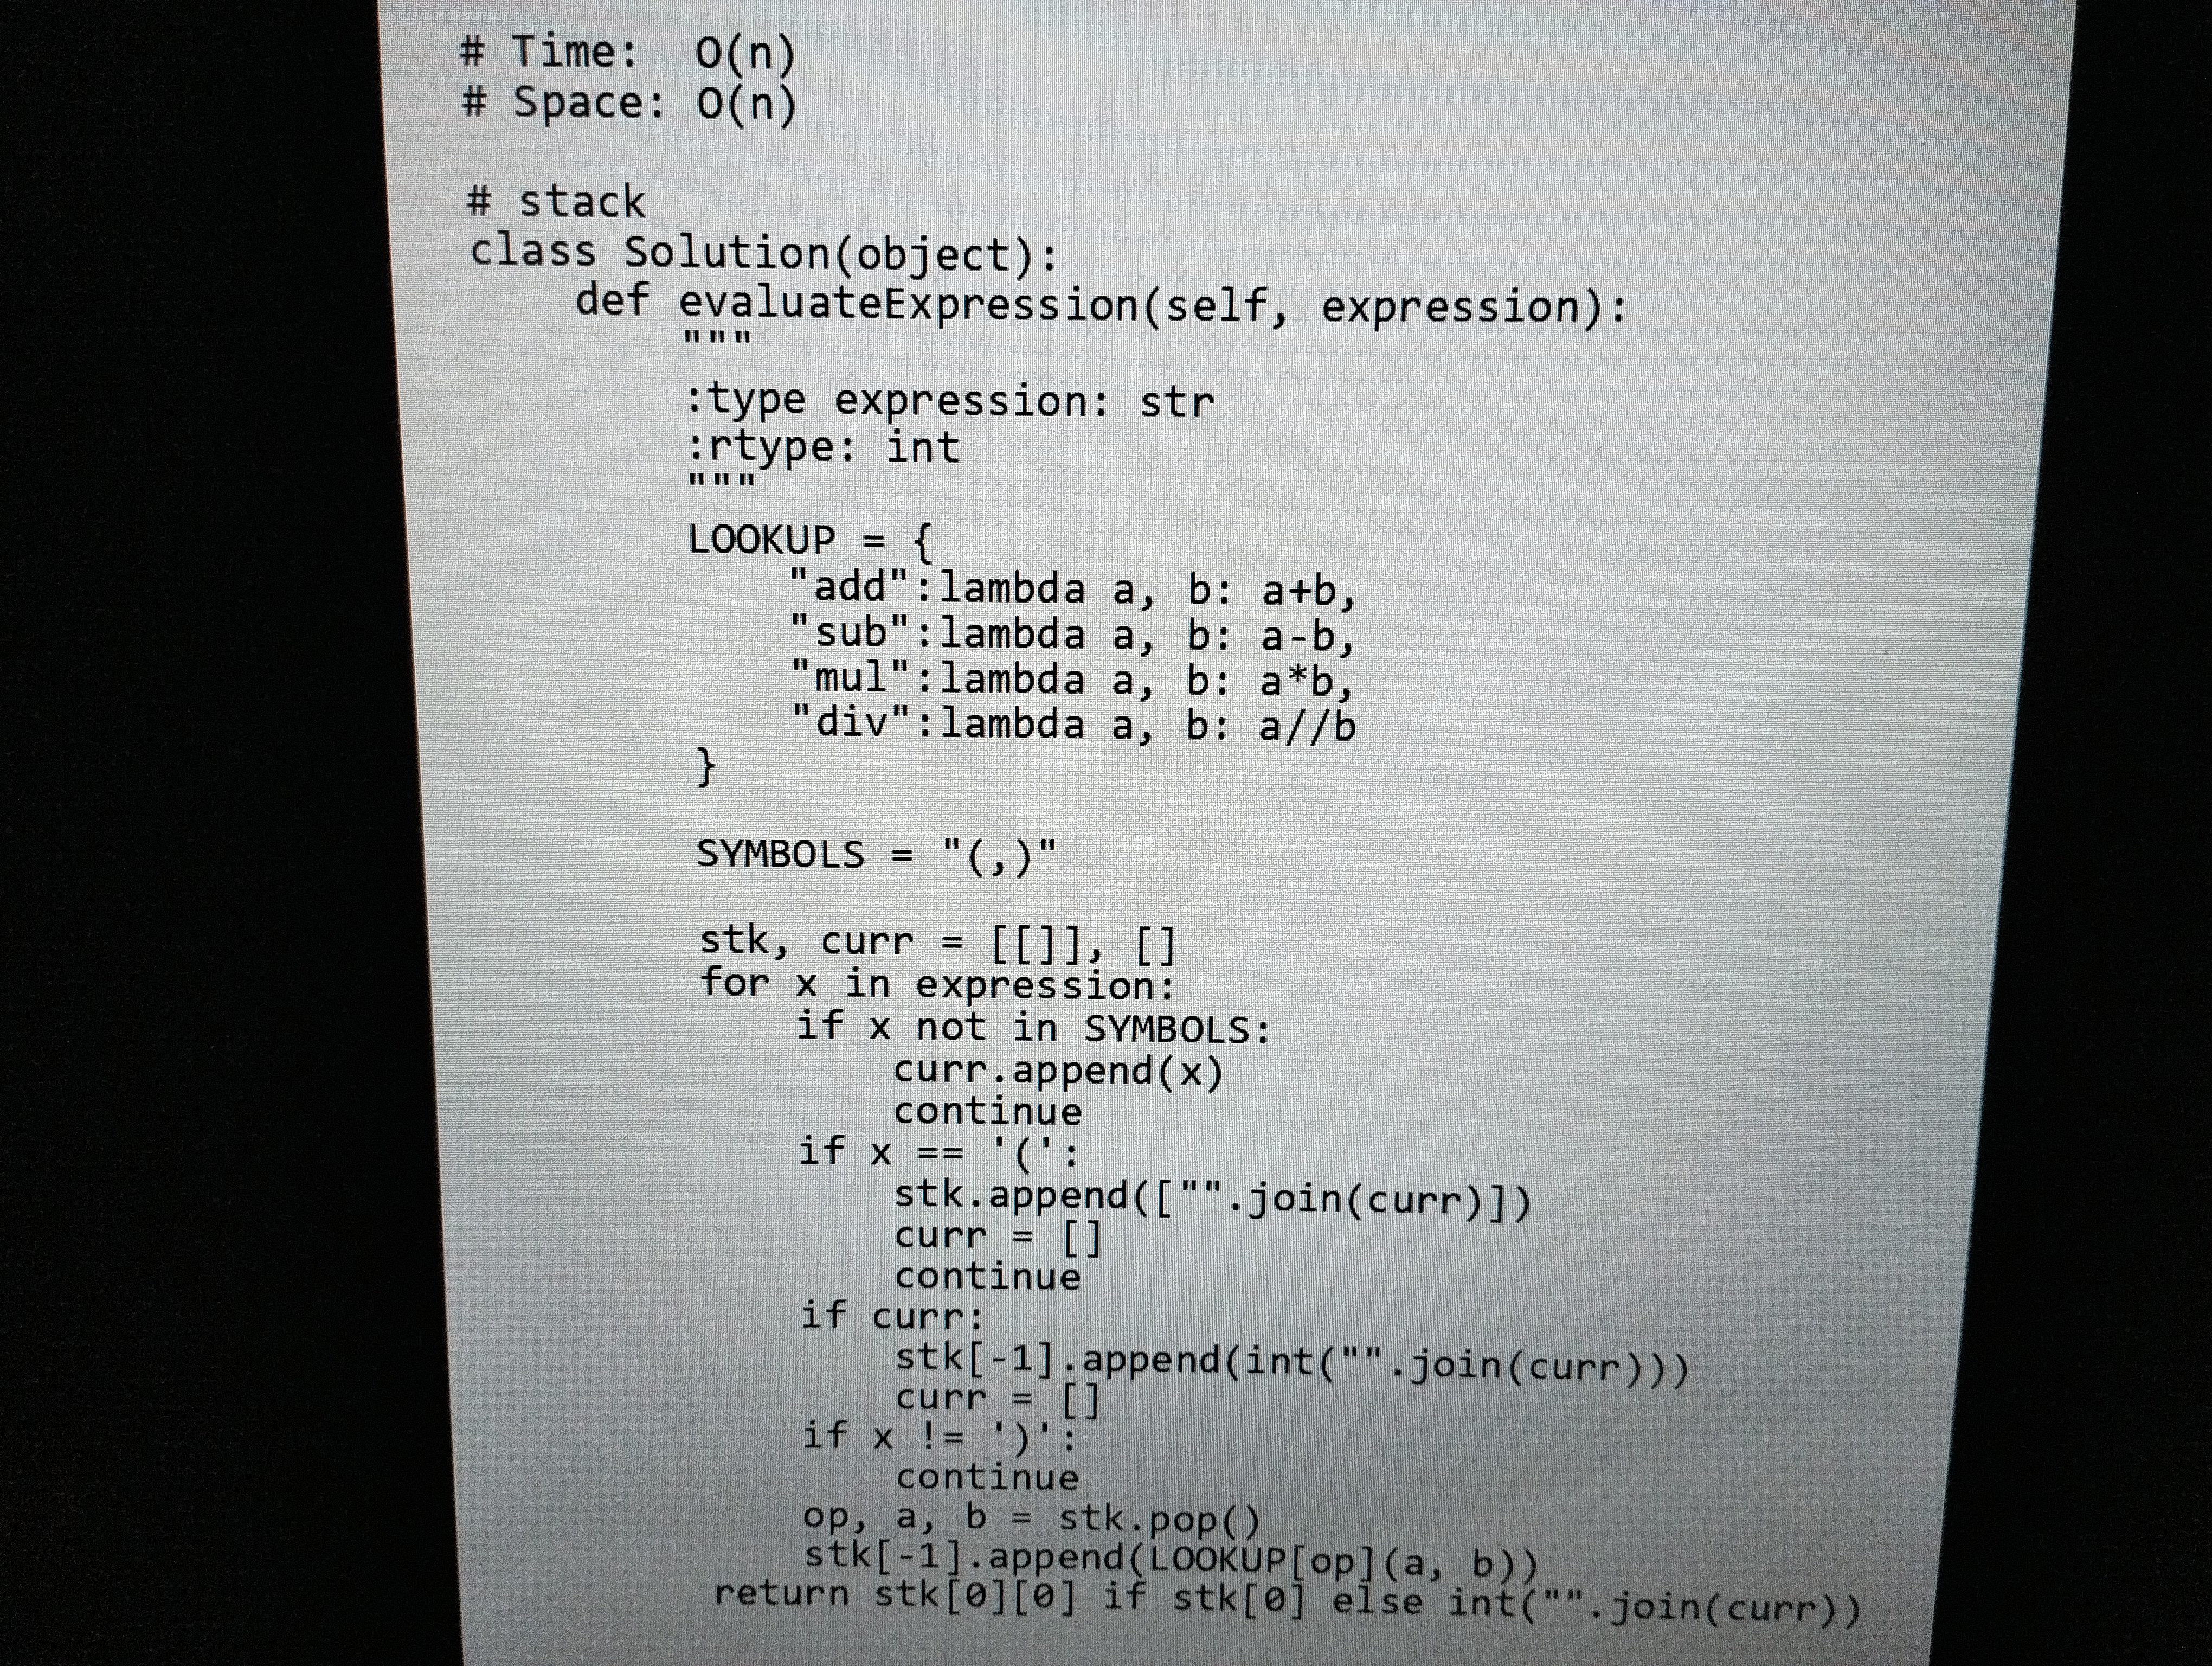
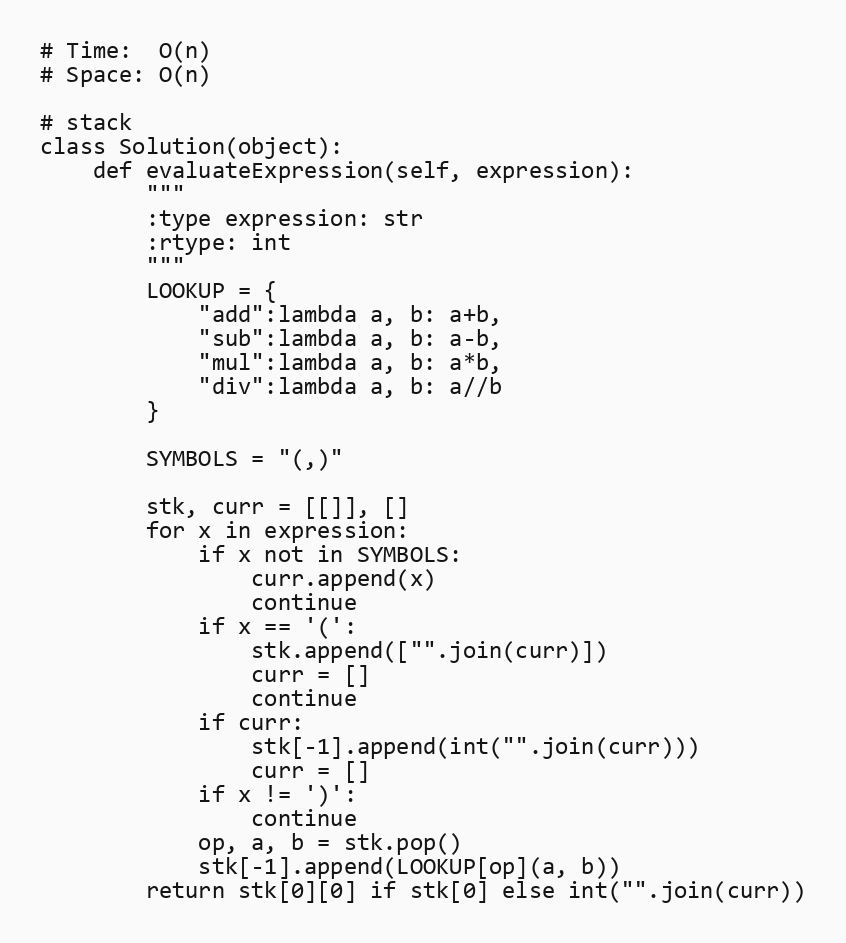
# Time:  O(n)
# Space: O(n)

# stack
class Solution(object):
    def evaluateExpression(self, expression):
        """
        :type expression: str
        :rtype: int
        """
        LOOKUP = {
            "add":lambda a, b: a+b,
            "sub":lambda a, b: a-b,
            "mul":lambda a, b: a*b,
            "div":lambda a, b: a//b
        }

        SYMBOLS = "(,)"

        stk, curr = [[]], []
        for x in expression:
            if x not in SYMBOLS:
                curr.append(x)
                continue
            if x == '(':
                stk.append(["".join(curr)])
                curr = []
                continue
            if curr:
                stk[-1].append(int("".join(curr)))
                curr = []
            if x != ')':
                continue
            op, a, b = stk.pop()
            stk[-1].append(LOOKUP[op](a, b))
        return stk[0][0] if stk[0] else int("".join(curr))